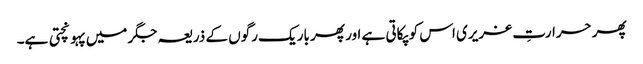
پھر حرارتِ غریری اس کو پکاتی ہے اور پھر باریک رگوں کے ذریعہ جگر میں پہونچتی ہے۔